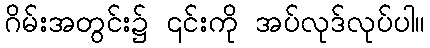
ဂိမ်းအတွင်း၌ ၎င်းကို အပ်လုဒ်လုပ်ပါ။